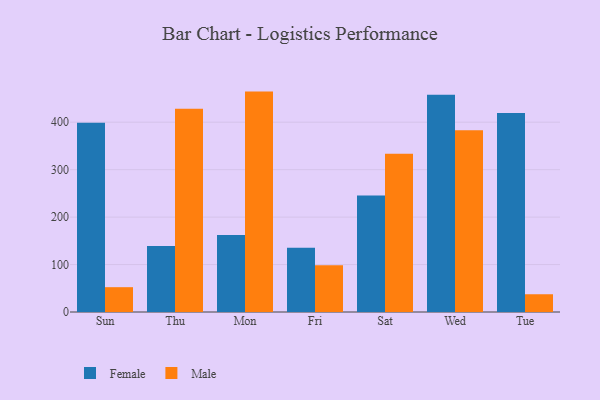
{"axis": {"x": "Day", "y": "Inventory Turnover"}, "legend": ["Female", "Male"], "data": [{"x": "Sun", "y": 398.6, "type": "Female"}, {"x": "Sun", "y": 52.3, "type": "Male"}, {"x": "Thu", "y": 139.2, "type": "Female"}, {"x": "Thu", "y": 428.3, "type": "Male"}, {"x": "Mon", "y": 162.2, "type": "Female"}, {"x": "Mon", "y": 464.5, "type": "Male"}, {"x": "Fri", "y": 135.3, "type": "Female"}, {"x": "Fri", "y": 98.4, "type": "Male"}, {"x": "Sat", "y": 245.5, "type": "Female"}, {"x": "Sat", "y": 333.5, "type": "Male"}, {"x": "Wed", "y": 457.6, "type": "Female"}, {"x": "Wed", "y": 382.9, "type": "Male"}, {"x": "Tue", "y": 419.2, "type": "Female"}, {"x": "Tue", "y": 37.4, "type": "Male"}]}